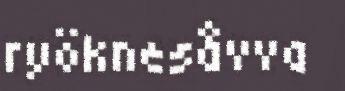
ryöknesåvva